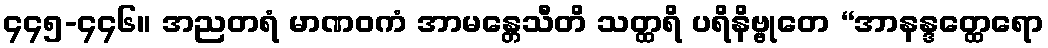
၄၄၅-၄၄၆။ အညတရံ မာဏဝကံ အာမန္တေသီတိ သတ္ထရိ ပရိနိဗ္ဗုတေ “အာနန္ဒတ္ထေရော